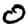
Digit: 0